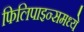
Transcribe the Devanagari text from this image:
फिलिपाइन्समध्ये